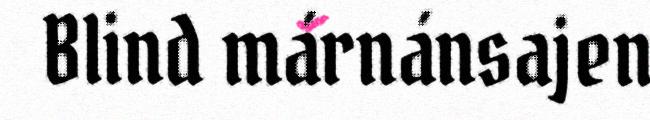
Blind márnánsajen